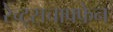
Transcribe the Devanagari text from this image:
रेच्ट्सचाफ्फेन